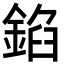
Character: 錎